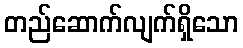
တည်ဆောက်လျက်ရှိသော